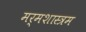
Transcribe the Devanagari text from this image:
मर्मशास्त्रम